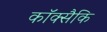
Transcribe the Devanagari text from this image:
कॉक्सैकि